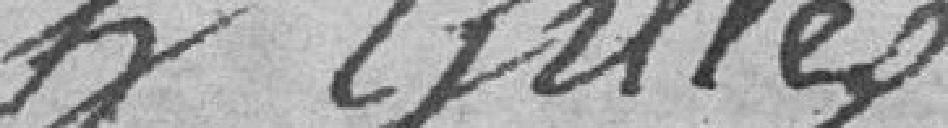
H Gilles